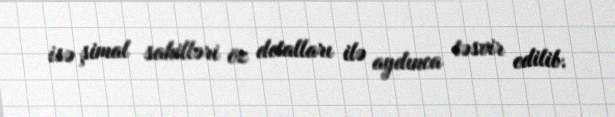
isə şimal sahilləri öz detalları ilə aydınca təsvir edilib.